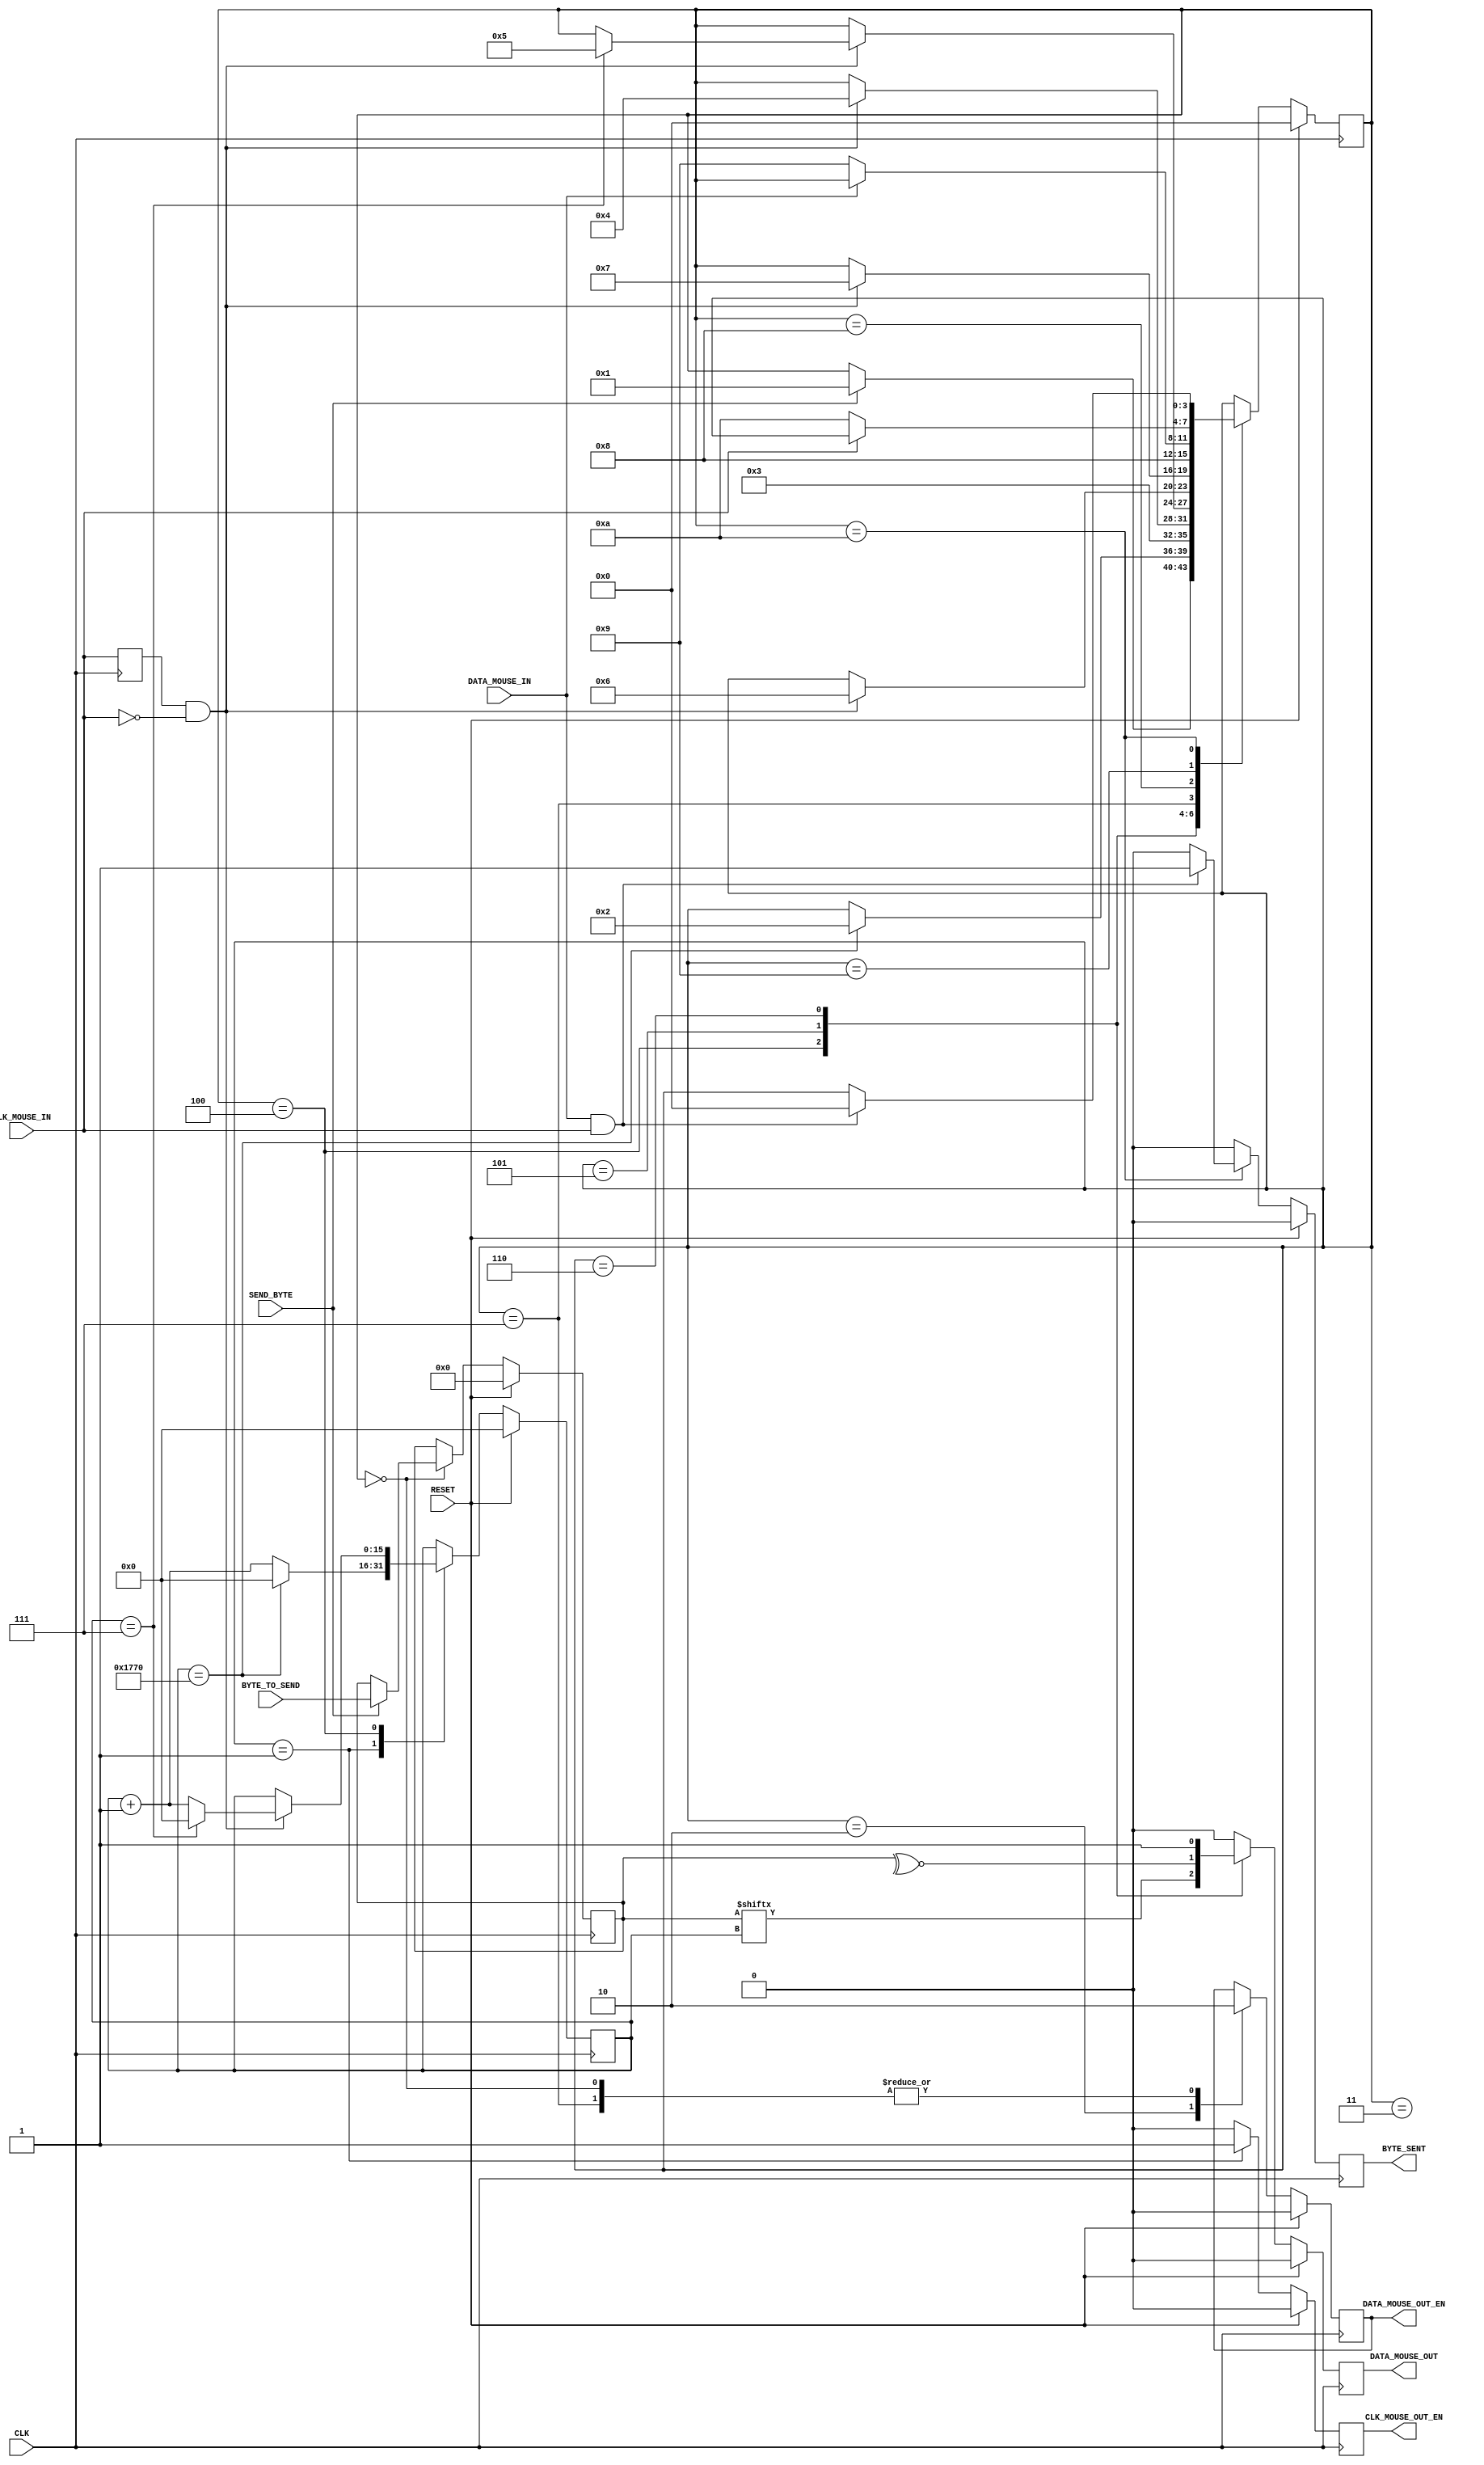
`timescale 1ns / 1ps
//////////////////////////////////////////////////////////////////////////////////
// Company: 
// Engineer: 
// 
// Design Name: 
// Module Name:    MouseTransmitter 
// Project Name: 
// Target Devices: 
// Tool versions: 
// Description: 
//
// Dependencies: 
//
// Revision: 
// Revision 0.01 - File Created
// Additional Comments: 	Large ammounts of code were already provided, however
//									that also greatly restricts my coding options
//
//////////////////////////////////////////////////////////////////////////////////
module MouseTransmitter(
	//Standard Inputs
	input 		RESET,
	input 		CLK,
	//Mouse IO - CLK
	input 		CLK_MOUSE_IN,
	output 		CLK_MOUSE_OUT_EN, // Allows for the control of the Clock line
	//Mouse IO - DATA
	input 		DATA_MOUSE_IN,
	output 		DATA_MOUSE_OUT,
	output 		DATA_MOUSE_OUT_EN,
	//Control
	input 		SEND_BYTE,
	input [7:0] BYTE_TO_SEND,
	output 		BYTE_SENT
);

	//////////////////////////////////////////////////////////
	// Clk Mouse delayed to detect clock edges
	reg ClkMouseInDly;
	always@(posedge CLK)
		ClkMouseInDly <= CLK_MOUSE_IN;
		
	//////////////////////////////////////////////////////////
	//Now a state machine to control the flow of write data
	reg [3:0] 	Curr_State, Next_State;
	reg 			Curr_MouseClkOutWE, Next_MouseClkOutWE;
	reg 			Curr_MouseDataOut, Next_MouseDataOut;
	reg 			Curr_MouseDataOutWE, Next_MouseDataOutWE;
	reg [15:0] 	Curr_SendCounter, Next_SendCounter;
	reg 			Curr_ByteSent, Next_ByteSent;
	reg [7:0] 	Curr_ByteToSend, Next_ByteToSend;
	
	//Sequential
	always@(posedge CLK)
		begin
			if(RESET) 
				begin
					Curr_State 					<= 0;
					Curr_MouseClkOutWE 		<= 1'b0;
					Curr_MouseDataOut 		<= 1'b0;
					Curr_MouseDataOutWE 		<= 1'b0;
					Curr_SendCounter 			<= 0;
					Curr_ByteSent 				<= 1'b0;
					Curr_ByteToSend 			<= 0;
				end
			else
				begin
					Curr_State 					<= Next_State;
					Curr_MouseClkOutWE 		<= Next_MouseClkOutWE;
					Curr_MouseDataOut 		<= Next_MouseDataOut;
					Curr_MouseDataOutWE 		<= Next_MouseDataOutWE;
					Curr_SendCounter 			<= Next_SendCounter;
					Curr_ByteSent 				<= Next_ByteSent;
					Curr_ByteToSend 			<= Next_ByteToSend;
				end
		end
	
	//Combinatorial
	always@* 
		begin
			//default values
			Next_State 				= Curr_State;
			Next_MouseClkOutWE 	= 1'b0;
			Next_MouseDataOut 	= 1'b0;
			Next_MouseDataOutWE 	= Curr_MouseDataOutWE;
			Next_SendCounter 		= Curr_SendCounter;
			Next_ByteSent 			= 1'b0;
			Next_ByteToSend 		= Curr_ByteToSend;
			
			case(Curr_State)
				//IDLE
				0: 
					begin
						if(SEND_BYTE) 
							begin
								Next_State 				= 1;
								Next_ByteToSend 		= BYTE_TO_SEND;
							end
						Next_MouseDataOutWE 		= 1'b0;
					end
				//Bring Clock line low for at least 100 microsecs i.e. 5000 clock cycles @ 50MHz
				1: 
					begin
							if(Curr_SendCounter == 6000)
								begin
									Next_State 			= 2;
									Next_SendCounter 	= 0;
								end
							else
								Next_SendCounter 	= Curr_SendCounter + 1'b1;
								
							Next_MouseClkOutWE 	= 1'b1;
					end
				//Bring the Data Line Low and release the Clock line
				2: 
					begin
						Next_State 					= 3;
						Next_MouseDataOutWE 		= 1'b1;
					end
				//Start Sending
				3: 
					begin // change data at falling edge of clock, start bit = 0
						if(ClkMouseInDly & ~CLK_MOUSE_IN)
							Next_State 				= 4;
					end
				//Send Bits 0 to 7 - We need to send the byte
				4: 
					begin // change data at falling edge of clock
						if(ClkMouseInDly & ~CLK_MOUSE_IN) 
							begin
								if(Curr_SendCounter == 7) 
									begin
										Next_State 			= 5;
										Next_SendCounter 	= 0;
									end 
								else
									Next_SendCounter 		= Curr_SendCounter + 1'b1;
						end
						
						Next_MouseDataOut 		= Curr_ByteToSend[Curr_SendCounter];
					end
				//Send the parity bit
				5:
					begin // change data at falling edge of clock
						if(ClkMouseInDly & ~CLK_MOUSE_IN)
							Next_State 				= 6;
							
						Next_MouseDataOut 		= ~^Curr_ByteToSend[7:0];
					end
				//Send the stop bit... this state was forgotten in the original partial code
				6: 
					begin 
						if(ClkMouseInDly & ~CLK_MOUSE_IN)
							Next_State 				= 7;
							
						Next_MouseDataOut 		= 1'b1;
					end
				//Release Data line
				7: 
					begin
						Next_State 					= 8;
						Next_MouseDataOutWE 		= 1'b0;
					end
				/*
				Wait for Device to bring Data line low, then wait for Device to bring Clock line low, and finally wait for
				Device to release both Data and Clock.
				*/
				/*
				..
				FILL IN THIS AREA
				.
				*/
				8: 
					begin
						if(!DATA_MOUSE_IN)								// returns to S7 if data line not pulled low by mouse
							Next_State 			= 9;
					end
					
				9: 
					begin
						if(!CLK_MOUSE_IN)									// returns to S8 if CLK not pulled low by mouse
							Next_State 			= 10;
					end
					
				10: 
					begin
						if(DATA_MOUSE_IN & CLK_MOUSE_IN)				// returns to S9 if data line not released (let rise high) by mouse
							begin
								Next_State 		= 0;					// returns to S9 if CLK not released (let rise high) by mouse
								Next_ByteSent 	= 1'b1;					// confirms byte was sent out
							end
					end				
			endcase
		end
	
	///////////////////////////////////////////////////////////////
	//Assign OUTPUTs
	//Mouse IO - CLK
	assign CLK_MOUSE_OUT_EN 			= Curr_MouseClkOutWE;

	//Mouse IO - DATA
	assign DATA_MOUSE_OUT 				= Curr_MouseDataOut;
	assign DATA_MOUSE_OUT_EN 			= Curr_MouseDataOutWE;

	//Control
	assign BYTE_SENT 						= Curr_ByteSent;


endmodule